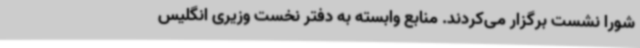
شورا نشست برگزار می‌کردند. منابع وابسته به دفتر نخست وزیری انگلیس